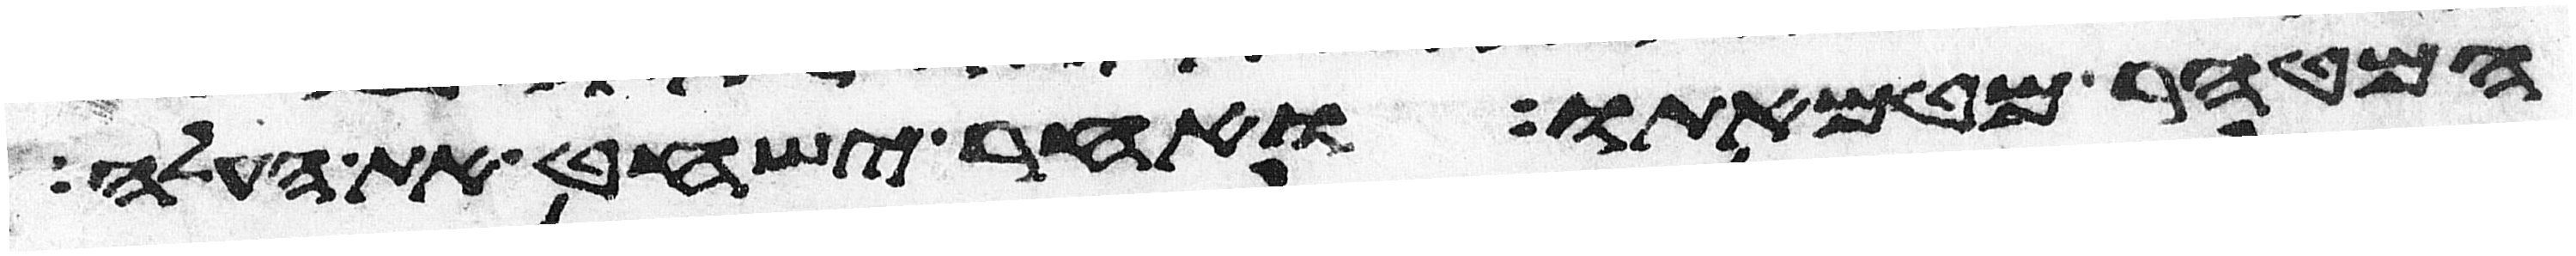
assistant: המטהר מטמאתו ואחר ישחט את העלה